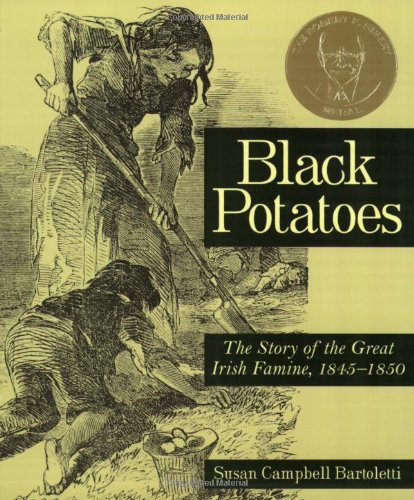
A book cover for Black Potatoes: The Story of the Great Irish Famine, 1845-1850; Susan Campbell Bartoletti; Children's Books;